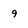
Character: 9